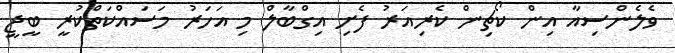
ވެލެންސިއާ އިން ކޯޗިން ކެރިއަރު ފެށި އިގްބާލް މި އަހަރު މަސައްކަތްކުރީ ބީޖީ